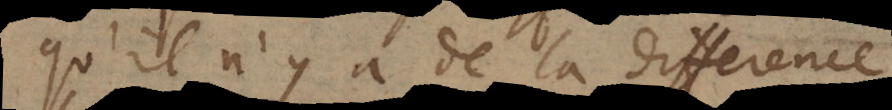
qu’il n’y a de la difference